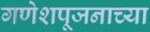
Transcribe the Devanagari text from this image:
गणेशपूजनाच्या